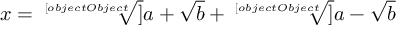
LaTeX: x = { \sqrt [ [object Object] ] { a + { \sqrt { b } } } } + { \sqrt [ [object Object] ] { a - { \sqrt { b } } } }